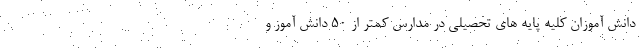
دانش آموزان کلیه پایه های تحصیلی در مدارس کمتر از ۵۰ دانش آموز و